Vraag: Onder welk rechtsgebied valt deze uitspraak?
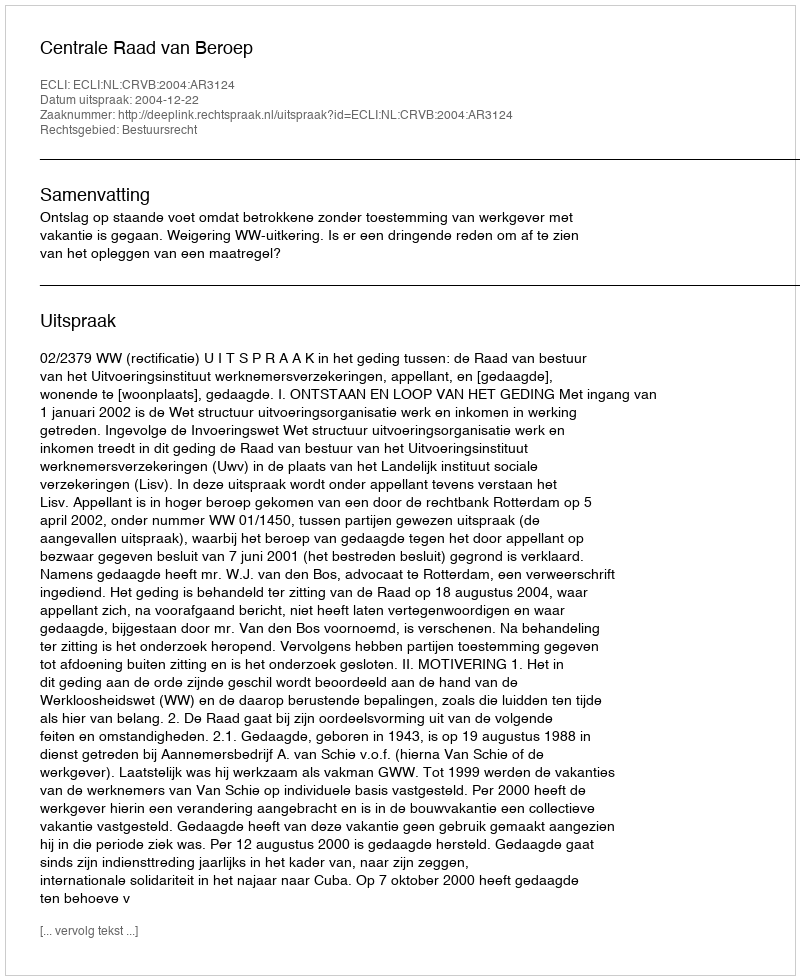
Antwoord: Bestuursrecht